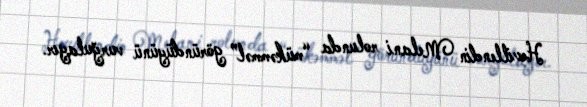
Hevillendin Melani rolunda “mükəmməl” göründüyünü vurğulayır.